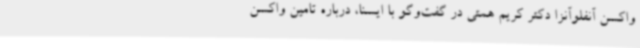
واکسن آنفلوآنزا دکتر کریم همتی در گفت‌وگو با ایسنا، درباره تامین واکسن